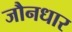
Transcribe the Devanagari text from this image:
जौनधार